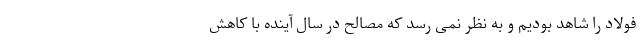
فولاد را شاهد بودیم و به نظر نمی رسد که مصالح در سال آینده با کاهش